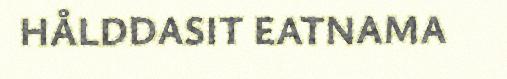
HÅLDDASIT EATNAMA